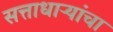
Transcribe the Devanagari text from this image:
सत्ताधाऱ्यांचा